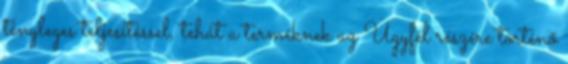
tényleges teljesítéssel, tehát a terméknek az Ügyfél részére történő